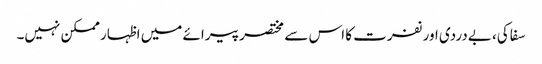
سفاکی، بےدردی اور نفرت کا اس سے مختصر پیرائے میں اظہار ممکن نہیں۔